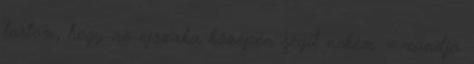
tartom, hogy az éjszaka közepén segít nekem. - mondja